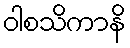
ဝါစသိကာနိ